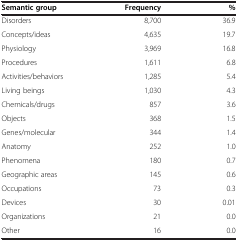
<table><thead><tr><td><b>Semantic group</b></td><td><b>Frequency</b></td><td><b>%</b></td></tr></thead><tbody><tr><td>Disorders</td><td>8,700</td><td>36.9</td></tr><tr><td>Concepts/ideas</td><td>4,635</td><td>19.7</td></tr><tr><td>Physiology</td><td>3,969</td><td>16.8</td></tr><tr><td>Procedures</td><td>1,611</td><td>6.8</td></tr><tr><td>Activities/behaviors</td><td>1,285</td><td>5.4</td></tr><tr><td>Living beings</td><td>1,030</td><td>4.3</td></tr><tr><td>Chemicals/drugs</td><td>857</td><td>3.6</td></tr><tr><td>Objects</td><td>368</td><td>1.5</td></tr><tr><td>Genes/molecular</td><td>344</td><td>1.4</td></tr><tr><td>Anatomy</td><td>252</td><td>1.0</td></tr><tr><td>Phenomena</td><td>180</td><td>0.7</td></tr><tr><td>Geographic areas</td><td>145</td><td>0.6</td></tr><tr><td>Occupations</td><td>73</td><td>0.3</td></tr><tr><td>Devices</td><td>30</td><td>0.01</td></tr><tr><td>Organizations</td><td>21</td><td>0.0</td></tr><tr><td>Other</td><td>16</td><td>0.0</td></tr></tbody></table>